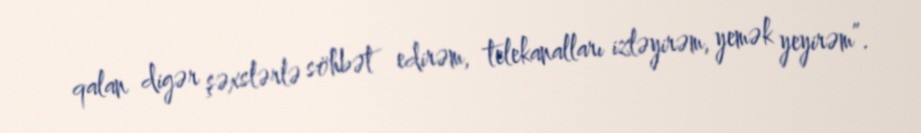
qalan digər şəxslərlə söhbət edirəm, telekanalları izləyirəm, yemək yeyirəm”.